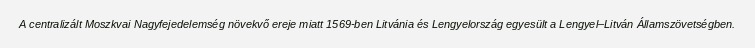
A centralizált Moszkvai Nagyfejedelemség növekvő ereje miatt 1569-ben Litvánia és Lengyelország egyesült a Lengyel–Litván Államszövetségben.